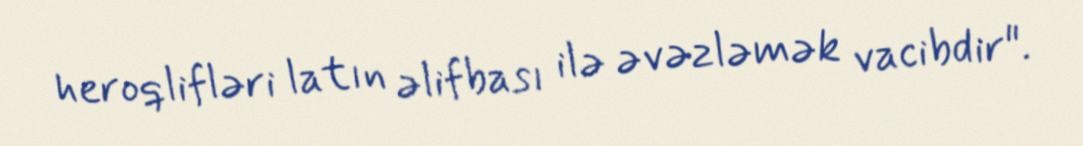
heroqlifləri latın əlifbası ilə əvəzləmək vacibdir".